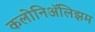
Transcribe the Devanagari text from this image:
कलोनिॲलिझम